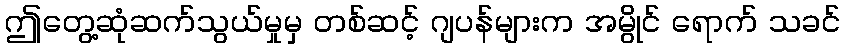
ဤတွေ့ဆုံဆက်သွယ်မှုမှ တစ်ဆင့် ဂျပန်များက အမွိုင် ရောက် သခင်